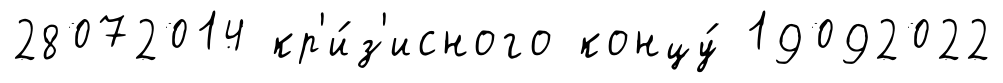
28072014 кр'и́з'исного концу́ 19092022